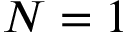
N = 1